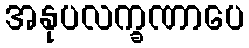
အနုပလက္ခဏာပေ